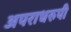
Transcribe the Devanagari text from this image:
अपराधरुपी